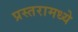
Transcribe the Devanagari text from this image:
प्रस्तरामध्ये